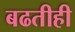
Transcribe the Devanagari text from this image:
बढतीही